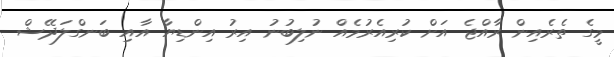
މީގެ ތެރެއިން ރާއްޖެ އަށް ކުރިއެރުމެއް ނުލިބުނު އިރު އިންޑިޔާ އާއި ބަނގްލަދޭޝް